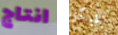
انتاج المبكر